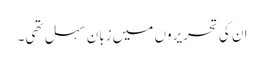
ان کی تحریروں میں زبان سہل تھی۔